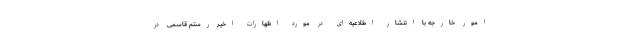
امور خارجه با انتشار اطلاعیه‌ای در مورد اظهارات اخیر رستم قاسمی در